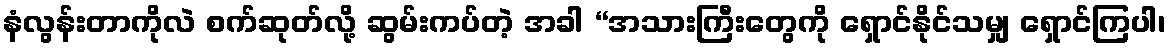
နံလွန်းတာကိုလဲ စက်ဆုတ်လို့ ဆွမ်းကပ်တဲ့ အခါ “အသားကြီးတွေကို ရှောင်နိုင်သမျှ ရှောင်ကြပါ၊